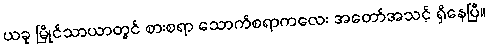
ယခု မြိုင်သာယာတွင် စားစရာ သောက်စရာကလေး အတော်အသင့် ရှိနေပြီ။